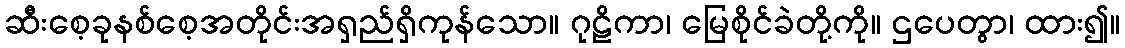
ဆီးစေ့ခုနစ်စေ့အတိုင်းအရှည်ရှိကုန်သော။ ဂုဠိကာ၊ မြေစိုင်ခဲတို့ကို။ ဌပေတွာ၊ ထား၍။